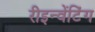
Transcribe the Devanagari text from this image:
रीइन्वेंटिंग